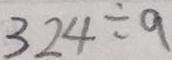
3 2 4 \div 9